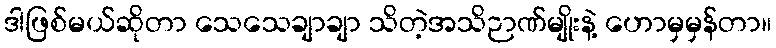
ဒါဖြစ်မယ်ဆိုတာ သေသေချာချာ သိတဲ့အသိဉာဏ်မျိုးနဲ့ ဟောမှမှန်တာ။